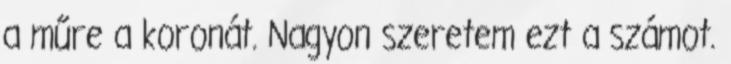
a műre a koronát. Nagyon szeretem ezt a számot.